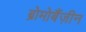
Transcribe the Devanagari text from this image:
ब्रोमोबैंज़ीन